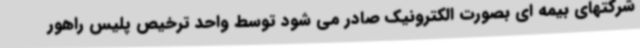
شرکتهای بیمه ای بصورت الکترونیک صادر می شود توسط واحد ترخیص پلیس راهور